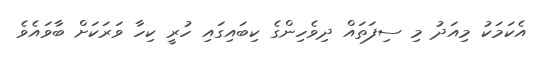
އެކަމަކު މިއަދު މި ސިފަތައް ދިވެހިންގެ ކިބައިގައި ހުރީ ކިހާ ވަރަކަށް ބާވައެވެ